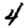
Digit: 4